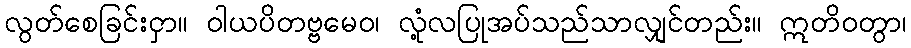
လွတ်စေခြင်းငှာ။ ဝါယပိတဗ္ဗမေဝ၊ လုံ့လပြုအပ်သည်သာလျှင်တည်း။ ဣတိဝတွာ၊